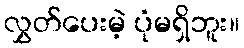
လွှတ်ပေးမဲ့ ပုံမရှိဘူး။